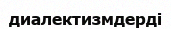
диалектизмдерді